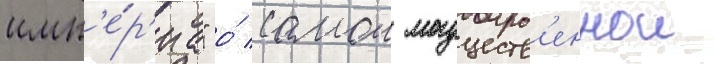
имп'е́р'иа" о́ самои могуществ'еннои